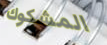
المشكوك